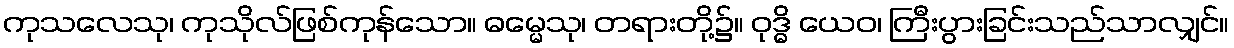
ကုသလေသု၊ ကုသိုလ်ဖြစ်ကုန်သော။ ဓမ္မေသု၊ တရားတို့၌။ ဝုဒ္ဓိ ယေဝ၊ ကြီးပွားခြင်းသည်သာလျှင်။